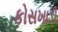
કોસખાડી